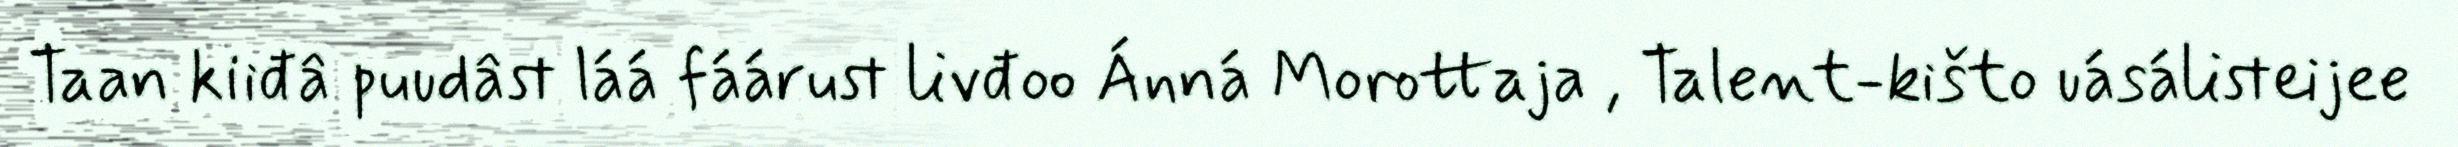
Taan kiiđâ puudâst láá fáárust livđoo Ánná Morottaja , Talent-kišto uásálisteijee